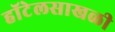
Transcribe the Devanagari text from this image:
हॉटेलसाखळी